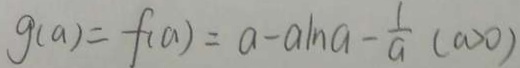
g ( a ) = f ( a ) = a - a \ln a - \frac { 1 } { a } ( a > 0 )